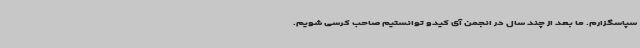
سپاسگزارم. ما بعد از چند سال در انجمن آی کیدو توانستیم صاحب کرسی شویم.